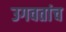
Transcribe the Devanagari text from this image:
उगवतांच